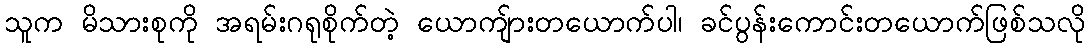
သူက မိသားစုကို အရမ်းဂရုစိုက်တဲ့ ယောကျ်ားတယောက်ပါ၊ ခင်ပွန်းကောင်းတယောက်ဖြစ်သလို